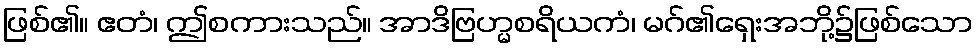
ဖြစ်၏။ ဧတံ၊ ဤစကားသည်။ အာဒိဗြဟ္မစရိယကံ၊ မဂ်၏ရှေးအဘို့၌ဖြစ်သော